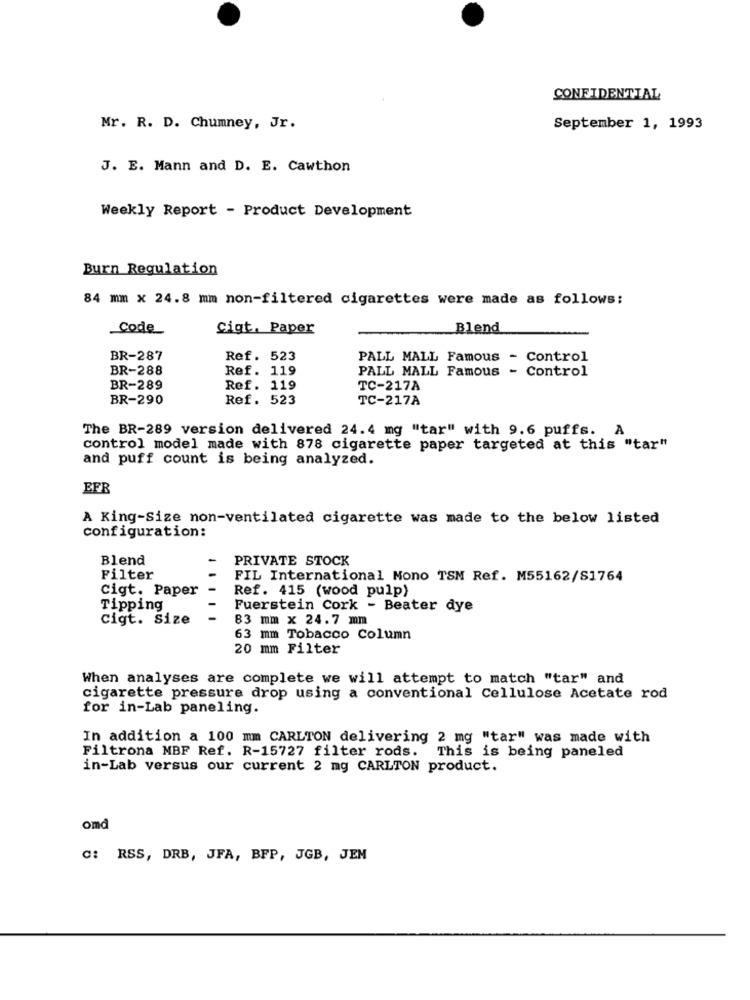
CONFIDENTIAL
Mr. R. D. Chumney, Jr.
September 1, 1993
J. E. Mann and D. E. Cawthon
Weekly Report - Product Development
Burn Regulation
84 mm × 24.8 mm non-filtered cigarettes were made as follows:
Code
Cigt. Paper
Blend
BR-287
Ref. 523
PALL MALL Famous - Control
BR-288
Ref. 119
PALL MALL Famous - Control
BR-289
Ref. 119
TC-217A
BR-290
Ref. 523
TC-217A
The BR-289 version delivered 24.4 mg "tar" with 9.6 puffs. A
control model made with 878 cigarette paper targeted at this "tar"
and puff count is being analyzed.
EFB
A King-Size non-ventilated cigarette was made to the below listed
configuration:
Blend
-
PRIVATE STOCK
Filter
FIL International Mono TSM Ref. M55162/S1764
Cigt. Paper
Ref. 415 (wood pulp)
Tipping
Fuerstein Cork - Beater dye
Cigt. Size
-
83 mm x 24.7 mm
63 mm Tobacco Column
20 mm Filter
When analyses are complete we will attempt to match "tar" and
cigarette pressure drop using a conventional Cellulose Acetate rod
for in-Lab paneling.
In addition a 100 mm CARLTON delivering 2 mg "tar" was made with
Filtrona MBF Ref. R-15727 filter rods. This is being paneled
in-Lab versus our current 2 mg CARLTON product.
omd
C: RSS, DRB, JFA, BFP, JGB, JEM